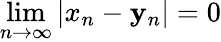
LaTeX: \operatorname*{lim}_{n\to\infty}|x_{n}-\mathbf{y}_{n}|=0